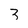
Character: 3